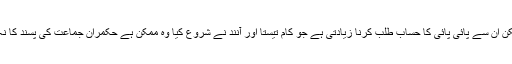
ان سے اپنے حسابات کو مرتب رکھنے کی توقع غلط نہیں لیکن ان سے پائی پائی کا حساب طلب کرنا زیادتی ہے جو کام تیستا اور آنند نے شروع کیا وہ ممکن ہے حکمران جماعت کی پسند کا نہ ہو کیونکہ ان دونوں کے نظریات میں بہت زیادہ دوری ہے۔